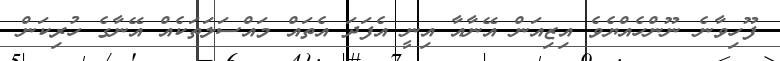
ފޫހިވާނެ ނޫންހެއްޔެވެ އިޒިއަން އޭނާއާ އިނީ އެފަދަ އެތައް މައްސަލަތަކެއް އޭނާގެ ހުރިކަން